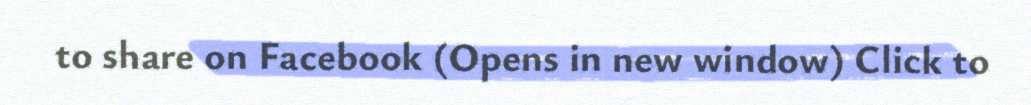
to share on Facebook (Opens in new window) Click to